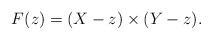
\begin{align*}F(z) = (X-z) \times (Y-z).\end{align*}